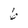
Character: 6